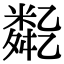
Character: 𠄈